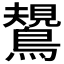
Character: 𪄯